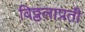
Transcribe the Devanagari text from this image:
विठ्ठलाप्रती